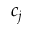
c _ { j }